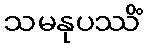
သမနုပဿိံ